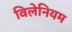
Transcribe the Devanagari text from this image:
विलेनियम